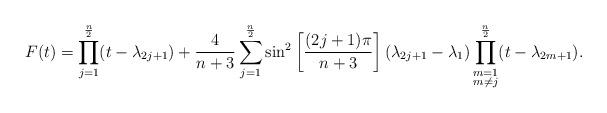
LaTeX: \begin{align*}F(t) = \prod_{j=1}^{\frac{n}{2}}(t - \lambda_{2j+1}) + \frac{4}{n + 3} \sum_{j=1}^{\frac{n}{2}} \sin^{2} \left[\frac{(2j + 1) \pi}{n + 3} \right] (\lambda_{2j+1} - \lambda_{1}) \prod_{\substack{m=1 \\ m \neq j}}^{\frac{n}{2}}(t - \lambda_{2m+1}).\end{align*}